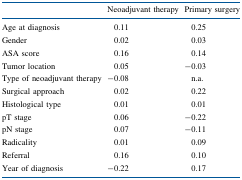
<table><thead><tr><td></td><td><b>Neoadjuvant therapy</b></td><td><b>Primary surgery</b></td></tr></thead><tbody><tr><td>Age at diagnosis</td><td>0.11</td><td>0.25</td></tr><tr><td>Gender</td><td>0.02</td><td>0.03</td></tr><tr><td>ASA score</td><td>0.16</td><td>0.14</td></tr><tr><td>Tumor location</td><td>0.05</td><td>−0.03</td></tr><tr><td>Type of neoadjuvant therapy</td><td>−0.08</td><td>n.a.</td></tr><tr><td>Surgical approach</td><td>0.02</td><td>0.22</td></tr><tr><td>Histological type</td><td>0.01</td><td>0.01</td></tr><tr><td>pT stage</td><td>0.06</td><td>−0.22</td></tr><tr><td>pN stage</td><td>0.07</td><td>−0.11</td></tr><tr><td>Radicality</td><td>0.01</td><td>0.09</td></tr><tr><td>Referral</td><td>0.16</td><td>0.10</td></tr><tr><td>Year of diagnosis</td><td>−0.22</td><td>0.17</td></tr></tbody></table>